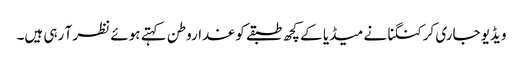
ویڈیو جاری کر کنگنا نے میڈیا کے کچھ طبقے کو غداروطن کہتے ہوئے نظر آ رہی ہیں۔